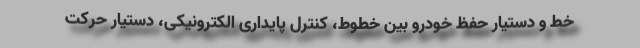
خط و دستیار حفظ خودرو بین خطوط، کنترل پایداری الکترونیکی، دستیار حرکت